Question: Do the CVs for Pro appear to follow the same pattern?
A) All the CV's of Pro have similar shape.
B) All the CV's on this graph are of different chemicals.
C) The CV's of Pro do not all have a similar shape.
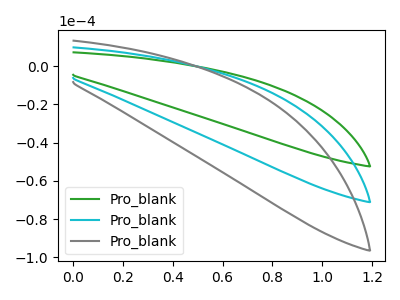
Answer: <think>The green curve "Pro_blank1" has no peaks. The cyan curve "Pro_blank2" has no peaks. The gray curve "Pro_blank3" has no peaks.
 Neither "Pro_blank1" or "Pro_blank2" have any peaks. Neither "Pro_blank1" or "Pro_blank3" have any peaks. Neither "Pro_blank2" or "Pro_blank3" have any peaks.</think>
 <answer>A) All the CV's of "Pro" have similar shape.</answer>
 <eval>A</eval>